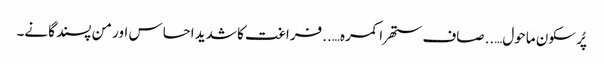
پُر سکون ماحول…..صاف ستھرا کمرہ…..فراغت کا شدید احساس اور من پسند گانے۔